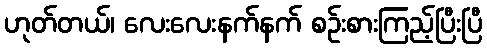
ဟုတ်တယ်၊ လေးလေးနက်နက် စဉ်းစားကြည့်ပြီးပြီ